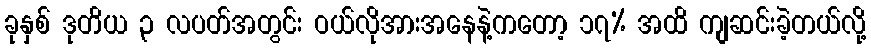
ခုနှစ် ဒုတိယ ၃ လပတ်အတွင်း ဝယ်လိုအားအနေနဲ့ကတော့ ၁၇% အထိ ကျဆင်းခဲ့တယ်လို့